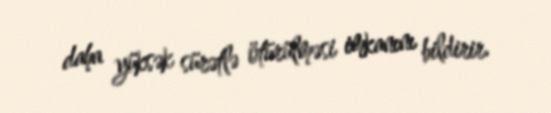
daha yüksək sürətlə ötürülməsi imkanını bildirir.